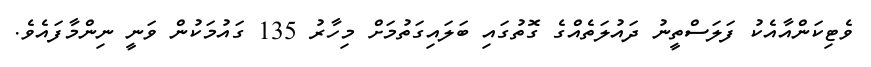
ވެޓިކަންއާއެކު ފަލަސްތީނު ދައުލަތެއްގެ ގޮތުގައި ބަލައިގަތުމަށް މިހާރު 135 ގައުމަކުން ވަނީ ނިންމާފައެވެ.